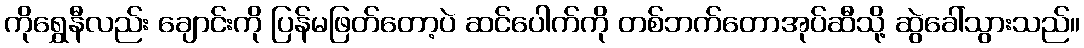
ကိုရွှေနီလည်း ချောင်းကို ပြန်မဖြတ်တော့ပဲ ဆင်ပေါက်ကို တစ်ဘက်တောအုပ်ဆီသို့ ဆွဲခေါ်သွားသည်။